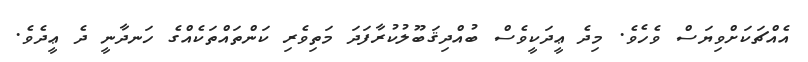
އެއްޗަކަށްވިޔަސް ވެހެވެ. މިދެ ޢީދަކީވެސް ބުއްދިޤަބޫލުކުރާފަދަ މަތިވެރި ކަންތައްތަކެއްގެ ހަނދާނީ ދެ ޢީދެވެ.